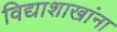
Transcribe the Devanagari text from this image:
विद्याशाखांना